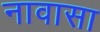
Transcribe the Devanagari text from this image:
नावासा